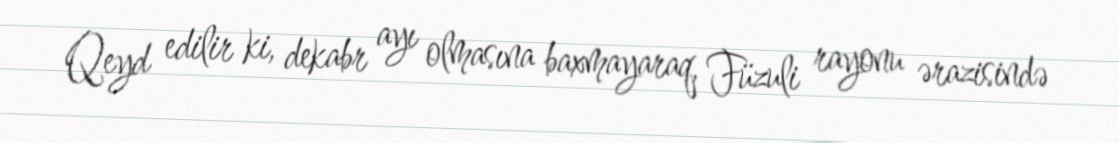
Qeyd edilir ki, dekabr ayı olmasına baxmayaraq, Füzuli rayonu ərazisində